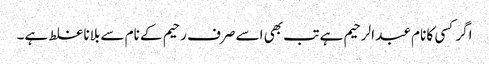
اگر کسی کا نام عبد الرحیم ہے تب بھی اسے صرف رحیم کے نام سے بلانا غلط ہے۔